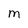
Character: M